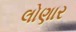
લોણાર